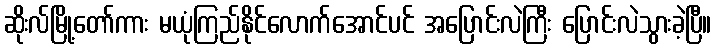
ဆိုးလ်မြို့တော်ကား မယုံကြည်နိုင်လောက်အောင်ပင် အပြောင်းလဲကြီး ပြောင်းလဲသွားခဲ့ပြီ။